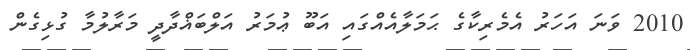
2010 ވަނަ އަހަރު އެމެރިކާގެ ޙަމަލާއެއްގައި އަބޫ ޢުމަރު އަލްބަޣްދާދީ މަރާލުމާ ގުޅިގެން